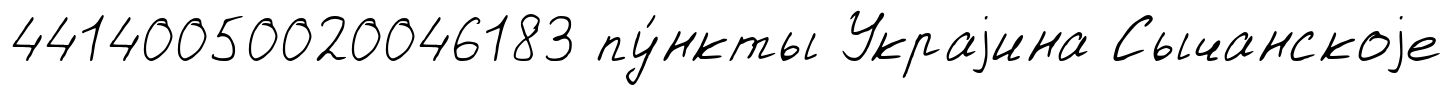
44140050020046183 пу́нкты Украjина Сычанскоjе